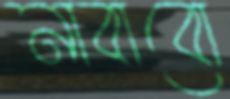
নাবাবো